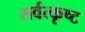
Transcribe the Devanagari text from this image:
सर्वत्कृष्ट